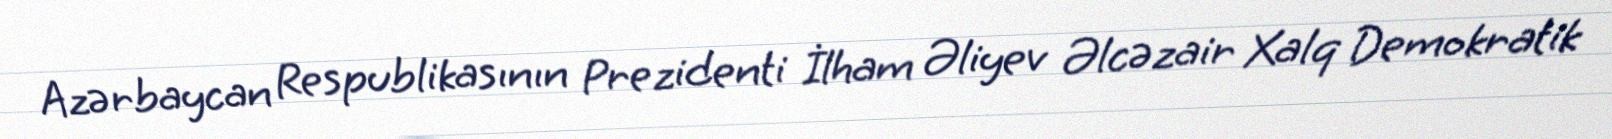
Azərbaycan Respublikasının Prezidenti İlham Əliyev Əlcəzair Xalq Demokratik